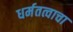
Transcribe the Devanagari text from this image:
धर्मतत्वाचा